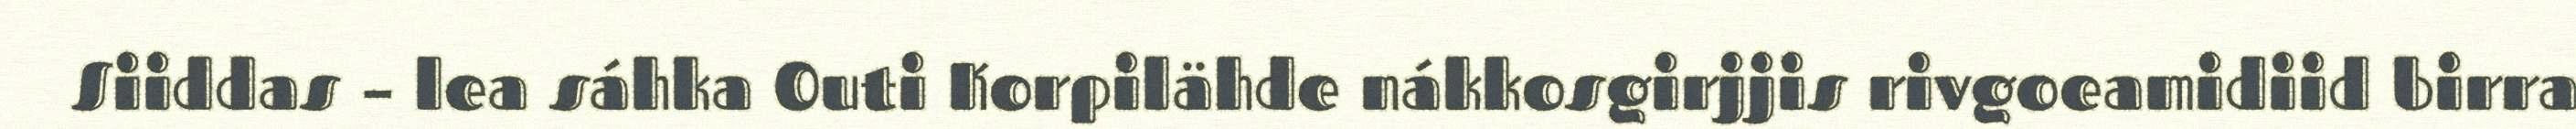
Siiddas – lea sáhka Outi Korpilähde nákkosgirjjis rivgoeamidiid birra